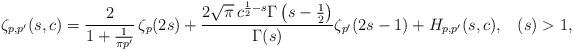
LaTeX: \begin{align*}\zeta_{p,p^{\prime}}(s,c)=\frac{2}{1+\frac{1}{\pi p^{\prime}}}\,\zeta_{p}(2s)+\frac{2\sqrt{\pi}\,c^{\frac{1}{2}-s}\Gamma\left(s-\frac{1}{2}\right)}{\Gamma(s)}\zeta_{p^{\prime}}(2s-1)+H_{p,p^{\prime}}(s,c),\,\,\,\,\,(s)>1,\end{align*}